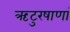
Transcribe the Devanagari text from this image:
ऋटुरषाणां